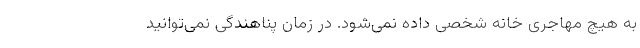
به هیچ مهاجری خانه شخصی داده نمی‌شود. در زمان پناهندگی نمی‌توانید